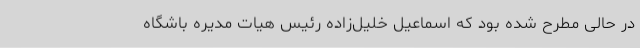
در حالی مطرح شده بود که اسماعیل خلیل‌زاده رئیس هیات مدیره باشگاه